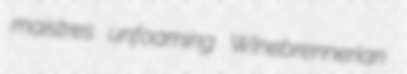
maistres unfoaming Winebrennerian